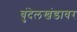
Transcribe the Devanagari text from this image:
बुंदेलखंडावर